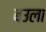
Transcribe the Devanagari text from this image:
बउला